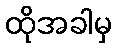
ထိုအခါမှ